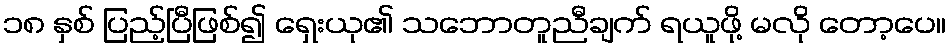
၁၈ နှစ် ပြည့်ပြီဖြစ်၍ ရှေးယု၏ သဘောတူညီချက် ရယူဖို့ မလို တော့ပေ။